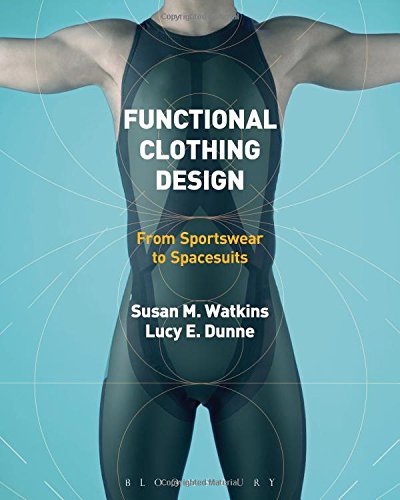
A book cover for Functional Clothing Design: From Sportswear to Spacesuits; Susan Watkins; Business & Money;